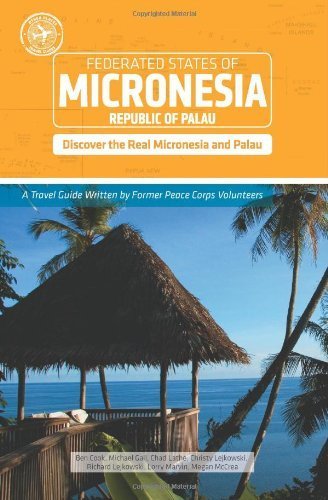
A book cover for Micronesia and Palau (Other Places Travel Guide) by Ben Cook, Lorry Marvin, Chad Lathe, Megan McCrea, Christy Le (2010) Paperback; Lorry Marvin, Chad Lathe, Megan McCrea, Christy Le Ben Cook; Travel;